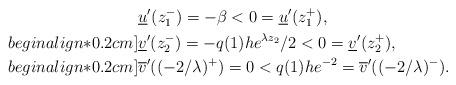
LaTeX: \begin{align*} &\underline{u}'(z_1^-)=-\beta<0=\underline{u}'(z_1^+),\\begin{align*}0.2cm] &\underline{v}'(z_2^-)=-q(1)he^{\lambda z_2}/2<0=\underline{v}'(z_2^+),\\begin{align*}0.2cm] &\overline{v}'((-2/\lambda)^+)=0<q(1)he^{-2}=\overline{v}'((-2/\lambda)^-).\end{align*}